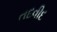
તદવીદ